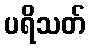
ပရိသတ်